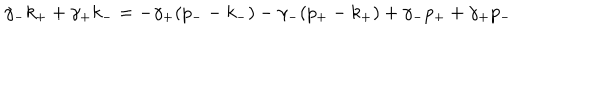
\gamma _ { - } k _ { + } + \gamma _ { + } k _ { - } = - \gamma _ { + } ( p _ { - } - k _ { - } ) - \gamma _ { - } ( p _ { + } - k _ { + } ) + \gamma _ { - } p _ { + } + \gamma _ { + } p _ { - } \nonumber